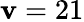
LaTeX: \mathbf{v}=21